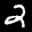
Label: 2